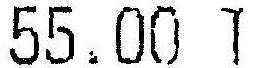
55.00 T